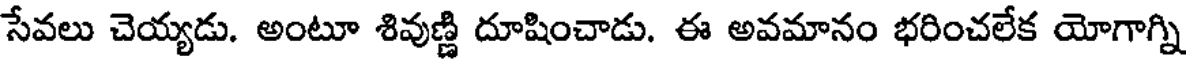
సేవలు చెయ్యడు. అంటూ శివుణ్ణి దూషించాడు. ఈ అవమానం భరించలేక యోగాగ్ని